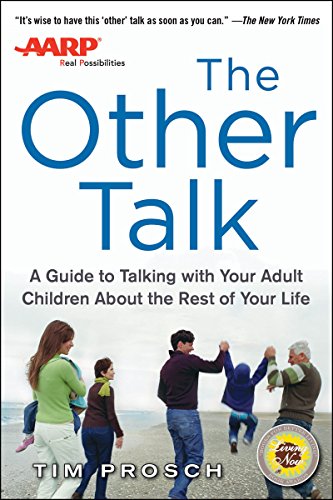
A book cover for AARP The Other Talk: A Guide to Talking with Your Adult Children about the Rest of Your Life; Tim Prosch; Parenting & Relationships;